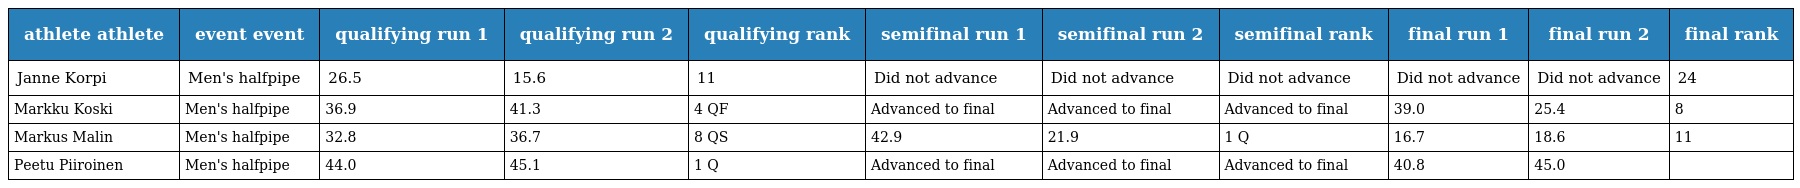
| athlete athlete | event event | qualifying run 1 | qualifying run 2 | qualifying rank | semifinal run 1 | semifinal run 2 | semifinal rank | final run 1 | final run 2 | final rank |
 | --- | --- | --- | --- | --- | --- | --- | --- | --- | --- | --- |
 | Janne Korpi | Men's halfpipe | 26.5 | 15.6 | 11 | Did not advance | Did not advance | Did not advance | Did not advance | Did not advance | 24 |
 | Markku Koski | Men's halfpipe | 36.9 | 41.3 | 4 QF | Advanced to final | Advanced to final | Advanced to final | 39.0 | 25.4 | 8 |
 | Markus Malin | Men's halfpipe | 32.8 | 36.7 | 8 QS | 42.9 | 21.9 | 1 Q | 16.7 | 18.6 | 11 |
 | Peetu Piiroinen | Men's halfpipe | 44.0 | 45.1 | 1 Q | Advanced to final | Advanced to final | Advanced to final | 40.8 | 45.0 |  |